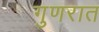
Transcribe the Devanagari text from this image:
गुणरात